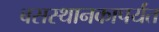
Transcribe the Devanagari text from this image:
बसस्थानकापर्यंत